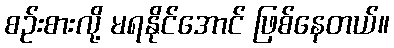
စဉ်းစားလို့ မရနိုင်အောင် ဖြစ်နေတယ်။